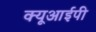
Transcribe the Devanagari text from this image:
क्यूआईपी